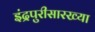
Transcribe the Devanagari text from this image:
इंद्रपुरीसारख्या